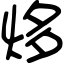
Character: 㶴